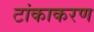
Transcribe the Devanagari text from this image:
टांकाकरण